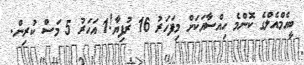
ބީއެމްއެލްގެ ކޮންމެ ހިއްސާއަކަށް މިފަހަރު 16 ރުފިޔާ!1 އަހަރު 5 މަސް ކުރިން.